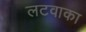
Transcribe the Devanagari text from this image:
लटवाका